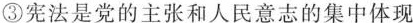
③宪法是党的主张和人民意志的集中体现